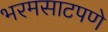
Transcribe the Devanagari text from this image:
भरमसाटपणे